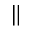
\|